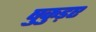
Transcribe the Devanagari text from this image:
षुकुड़ए